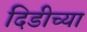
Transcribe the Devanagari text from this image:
दिडीच्या